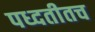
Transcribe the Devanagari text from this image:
पध्दतीतच